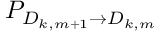
P _ { D _ { k , m + 1 } \rightarrow D _ { k , m } }